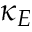
\kappa _ { E }